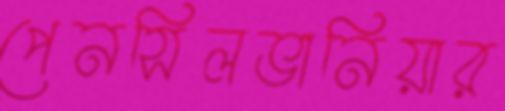
পেনসিলভানিয়ার